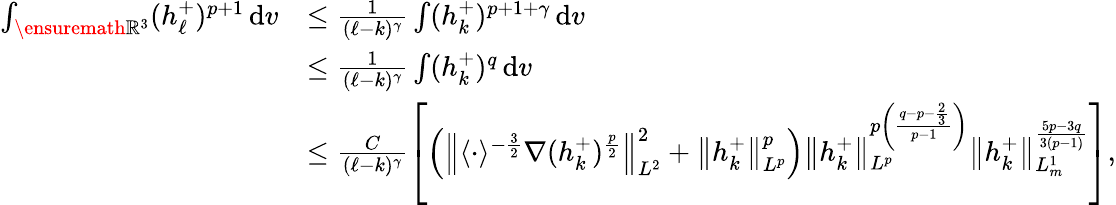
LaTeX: \begin{array}{rl}{\int_{\ensuremath{{\mathbb R}}^{3}}(h_{\ell}^{+})^{p+1}\, \mathrm{d}v}&{\leq\frac{1}{(\ell-k)^{\gamma}}\int(h_{k}^{+})^{p+1+\gamma}\, \mathrm{d}v}\\ &{\leq\frac{1}{(\ell-k)^{\gamma}}\int(h_{k}^{+})^{q}\, \mathrm{d}v}\\ &{\leq\frac{C}{(\ell-k)^{\gamma}}\left[\left(\left\| \langle\cdot\rangle^{-\frac{3}{2}}\nabla(h_{k}^{+})^{\frac{p}{2}}\right\| _{L^{2}}^{2}+\left\| h_{k}^{+}\right\| _{L^{p}}^{p}\right)\left\| h_{k}^{+}\right\| _{L^{p}}^{p\left(\frac{q-p-\frac{2}{3}}{p-1}\right)}\left\| h_{k}^{+}\right\| _{L_{m}^{1}}^{{{\frac{5p-3q}{3(p-1)}}}}\right],}\end{array}